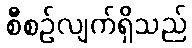
စီစဉ်လျက်ရှိသည်